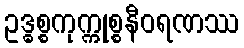
ဥဒ္ဓစ္စကုက္ကုစ္စနီဝရဏဿ